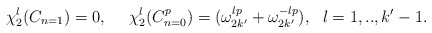
\begin{align*}\chi_{2}^{l}(C_{n=1})=0,~~~~\chi_{2}^{l}(C_{n=0}^{p})= (\omega_{2k'}^{lp}+\omega_{2k'}^{-lp}),~~l=1,..,k'-1.\end{align*}